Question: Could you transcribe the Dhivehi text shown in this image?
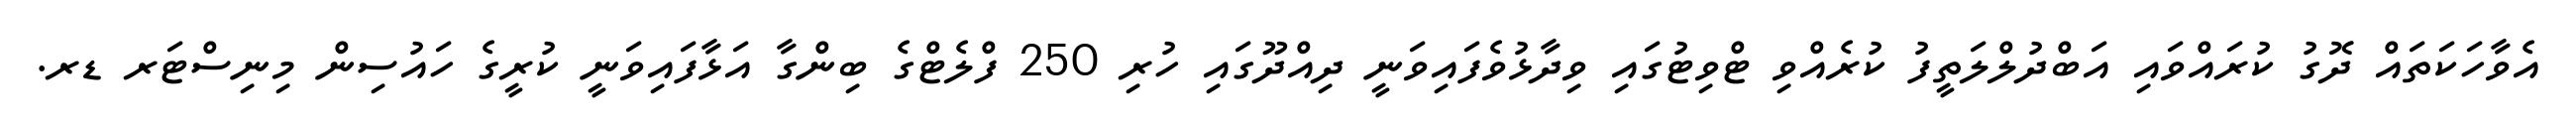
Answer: އެވާހަކަތައް ދޮގު ކުރައްވައި އަބްދުލްލަތީފު ކުރެއްވި ޓްވިޓުގައި ވިދާޅުވެފައިވަނީ ދިއްދޫގައި ހުރި 250 ފްލެޓްގެ ބިންގާ އަޅާފައިވަނީ ކުރީގެ ހައުސިން މިނިސްޓަރ ޑރ.